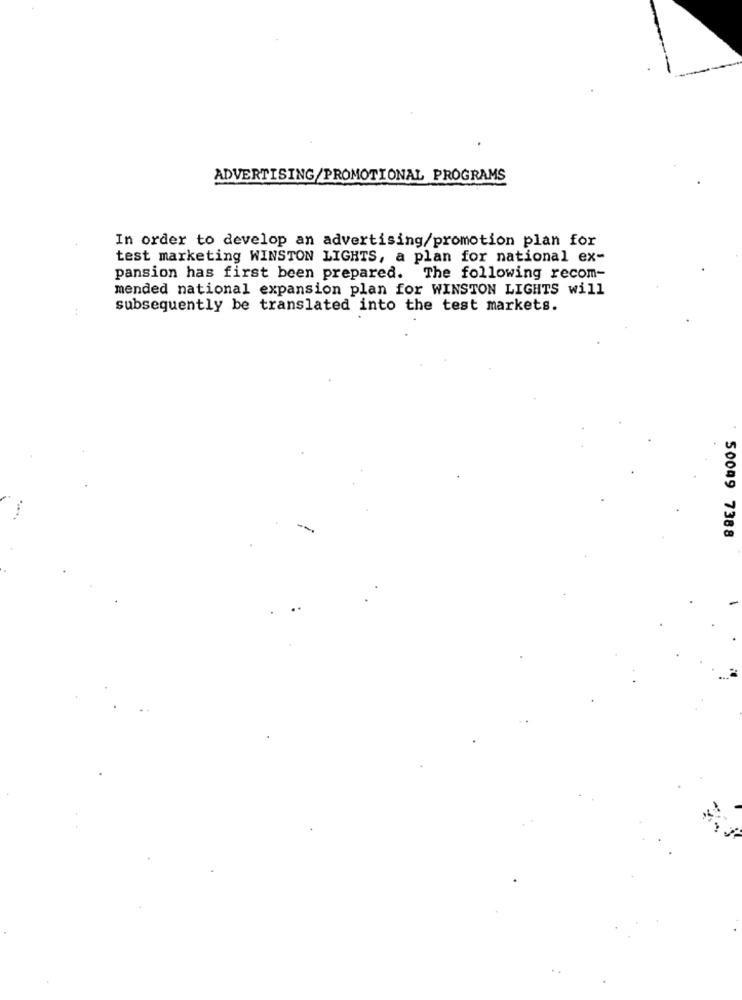
ADVERTISING/PROMOTIONAL PROGRAMS
In order to develop an advertising/promotion plan for
test marketing WINSTON LIGHTS, a plan for national ex-
pansion has first been prepared. The following recom-
mended national expansion plan for WINSTON LIGHTS will
++
subsequently be translated into the test markets.
50049 7388